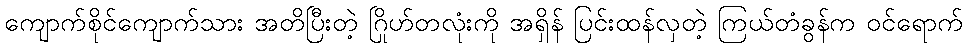
ကျောက်စိုင်ကျောက်သား အတိပြီးတဲ့ ဂြိုဟ်တလုံးကို အရှိန် ပြင်းထန်လှတဲ့ ကြယ်တံခွန်က ဝင်ရောက်